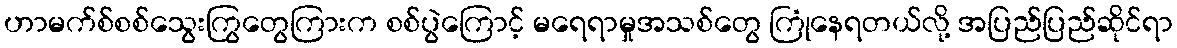
ဟာမက်စ်စစ်သွေးကြွတွေကြားက စစ်ပွဲကြောင့် မရေရာမှုအသစ်တွေ ကြုံနေရတယ်လို့ အပြည်ပြည်ဆိုင်ရာ